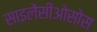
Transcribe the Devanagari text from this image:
साइलेंसीओसोस